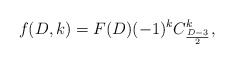
\begin{align*}f(D,k)=F(D)(-1)^{k}C^{k}_{\frac{D-3}{2}},\end{align*}